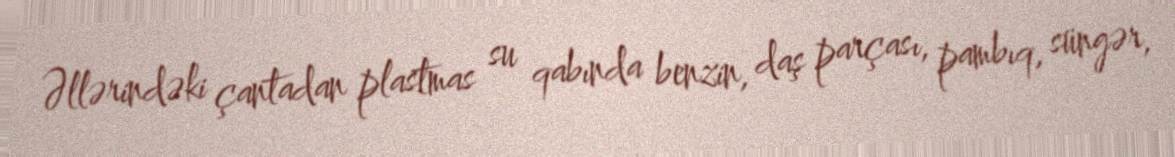
Əllərindəki çantadan plastmas su qabında benzin, daş parçası, pambıq, süngər,